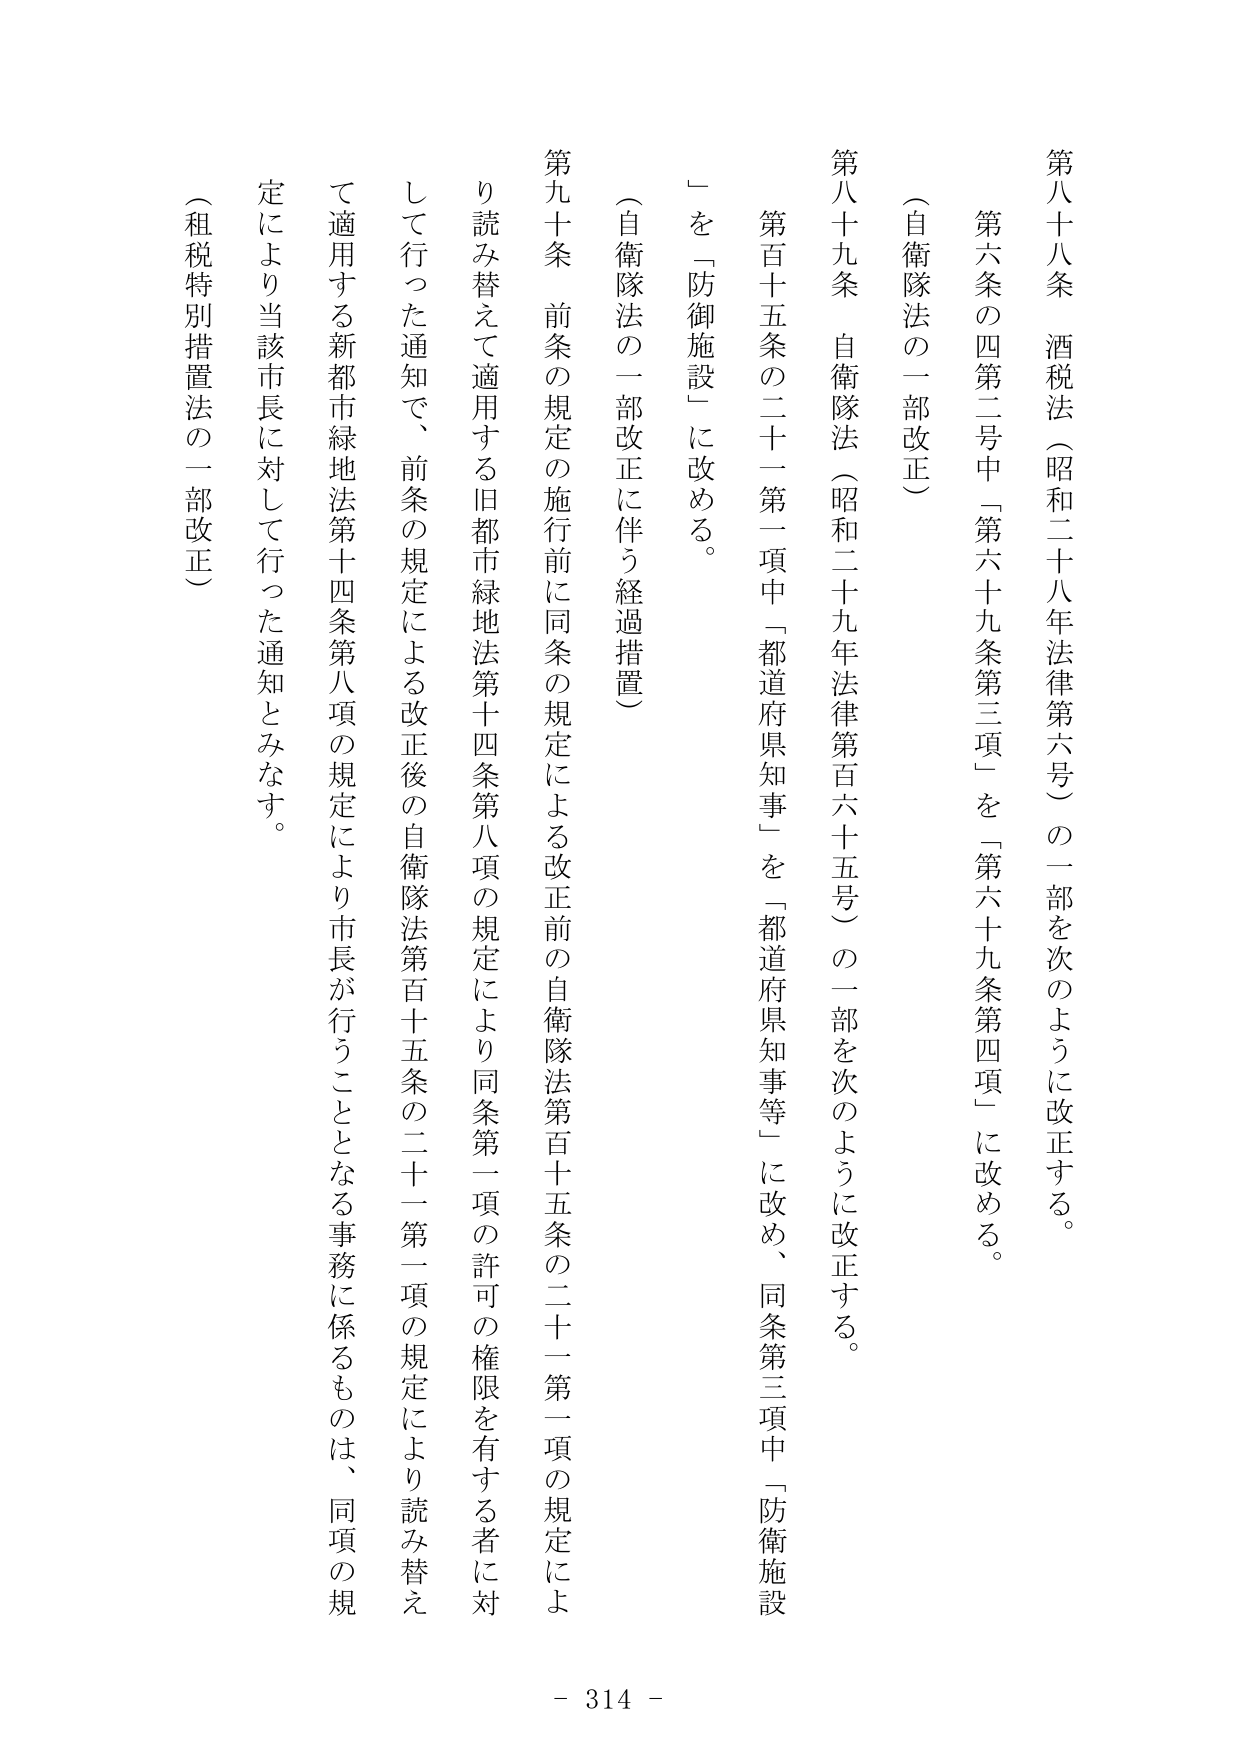
第八十八条　酒税法（昭和二十八年法律第六号）の一部を次のように改正する。

第六条の四第二号中「第六十九条第三項」を「第六十九条第四項」に改める。

（自衛隊法の一部改正）

第八十九条　自衛隊法（昭和二十九年法律第百六十五号）の一部を次のように改正する。

第百十五条の二十一第一項中「都道府県知事」を「都道府県知事等」に改め、同条第三項中「防衛施設」を「防御施設」に改める。

（自衛隊法の一部改正に伴う経過措置）

第九十条　前条の規定の施行前に同条の規定による改正前の自衛隊法第百十五条の二十一第一項の規定により読み替えて適用する旧都市緑地法第十四条第八項の規定により同条第一項の許可の権限を有する者に対して行った通知で、前条の規定による改正後の自衛隊法第百十五条の二十一第一項の規定により読み替えて適用する新都市緑地法第十四条第八項の規定により市長が行うこととなる事務に係るものは、同項の規定により当該市長に対して行った通知とみなす。

（租税特別措置法の一部改正）

- 314 -